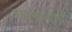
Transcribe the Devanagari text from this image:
घडवण्याची